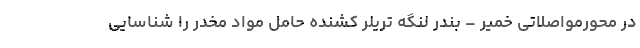
در محورمواصلاتی خمیر – بندر لنگه تریلر کشنده حامل مواد مخدر را شناسایی